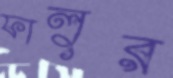
ফালুর